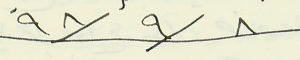
٩٨/٩/٨